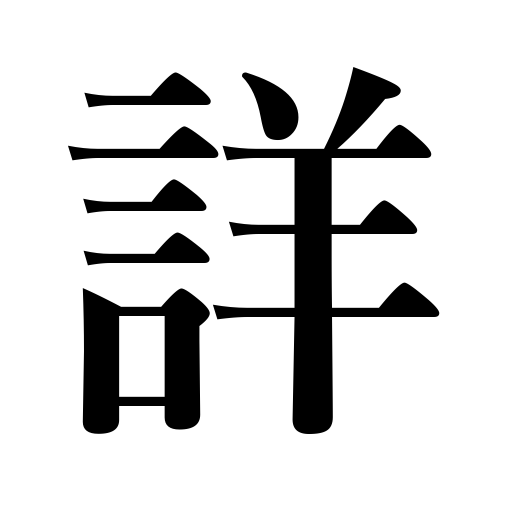
Meanings: well-informed on,full,accurate,versed in,minute,detailed